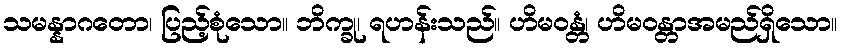
သမန္နာဂတော၊ ပြည့်စုံသော။ ဘိက္ခု၊ ရဟန်းသည်။ ဟိမဝန္တံ၊ ဟိမဝန္တာအမည်ရှိသော။